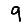
Digit: 9